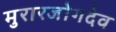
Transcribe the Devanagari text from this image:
मुरारजोगदेव